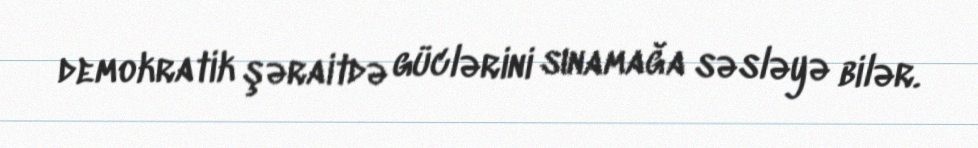
demokratik şəraitdə güclərini sınamağa səsləyə bilər.